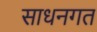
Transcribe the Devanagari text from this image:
साधनगत